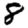
Digit: 8